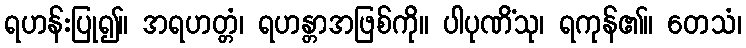
ရဟန်းပြု၍။ အရဟတ္တံ၊ ရဟန္တာအဖြစ်ကို။ ပါပုဏိံသု၊ ရကုန်၏။ တေသံ၊